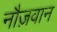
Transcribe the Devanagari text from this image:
नौज़वान